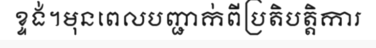
ខ្ទង់។មុនពេលបញ្ជាក់ពីប្រតិបត្តិការ